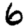
Digit: 6